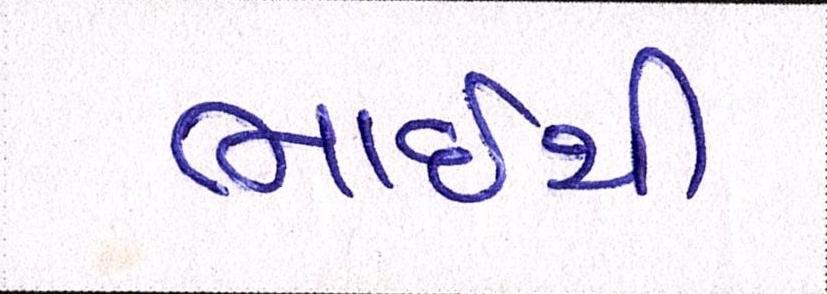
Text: ભાઇથી